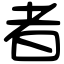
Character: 者